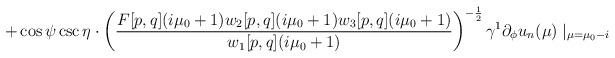
LaTeX: \begin{align*} +\cos\psi\csc\eta\cdot\left(\frac{F[p,q](i\mu_{0}+1)w_{2}[p,q](i\mu_{0}+1)w_{3}[p,q](i\mu_{0}+1)}{w_{1}[p,q](i\mu_{0}+1)}\right)^{-\frac{1}{2}}\gamma^{1}\partial_{\phi}u_{n}(\mu)\mid_{\mu=\mu_{0}-i}\end{align*}